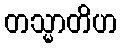
တသ္မာတိဟ